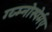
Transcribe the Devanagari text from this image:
ग्य्म्नोस्पेर्मए